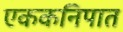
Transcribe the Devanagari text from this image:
एककनिपात